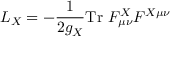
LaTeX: { \cal L } _ { X } = - { \frac 1 { 2 g _ { X } } } \mathrm { T r \ } F _ { \mu \nu } ^ { X } F ^ { X \mu \nu }